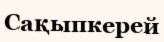
Сақыпкерей